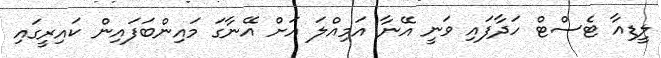
ލީޑިއާ ޓެސްޓް ހަދާފައި ވަނީ އޭނާ އަމިއްލަ އަށް އޭނާގަ މައިންބަފައިން ކައިރީގައި